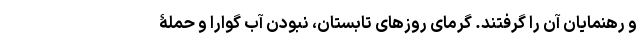
و رهنمایان آن را گرفتند. گرمای روزهای تابستان، نبودن آب گوارا و حملۀ